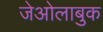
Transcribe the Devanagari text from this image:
जेओलाबुक